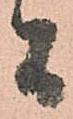
間